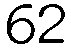
62